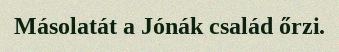
Másolatát a Jónák család őrzi.